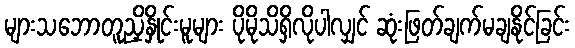
များသဘောတူညှိနှိုင်းမူများ ပိုမိုသိရှိလိုပါလျှင် ဆုံးဖြတ်ချက်မချနိုင်ခြင်း